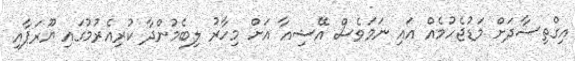
އިގްތިސާދަށް މަޑުޖެހުމެއް އައި ނަމަވެސް އޭޝިއާ އަށް މިހާރު ލިބެމުންދާ ކުރިއެރުމުގައި ޔޫރަޕާއި